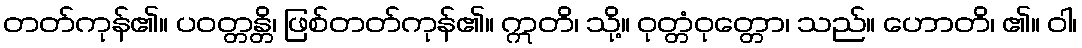
တတ်ကုန်၏။ ပဝတ္တန္တိ၊ ဖြစ်တတ်ကုန်၏။ ဣတိ၊ သို့။ ဝုတ္တံဝုတ္တော၊ သည်။ ဟောတိ၊ ၏။ ဝါ၊